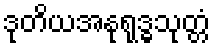
ဒုတိယအနုရုဒ္ဓသုတ္တံ